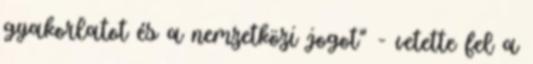
gyakorlatot és a nemzetközi jogot" - vetette fel a